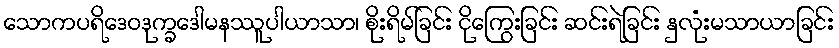
သောကပရိဒေဝဒုက္ခဒေါမနဿူပါယာသာ၊ စိုးရိမ်ခြင်း ငိုကြွေးခြင်း ဆင်းရဲခြင်း နှလုံးမသာယာခြင်း